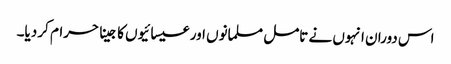
اس دوران انہوں نے تامل مسلمانوں اور عیسائیوں کا جینا حرام کر دیا۔